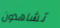
تشاهدون